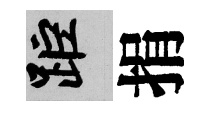
距捐